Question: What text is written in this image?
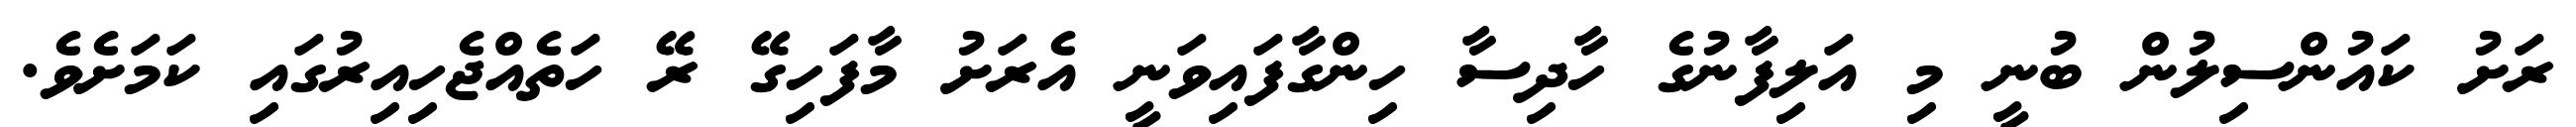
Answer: ރަށު ކައުންސިލުން ބުނީ މި އަލިފާނުގެ ހާދިސާ ހިންގާފައިވަނީ އެރަށު މާފަހިގޭ ރޭ ހަތެއްޖެހިއިރުގައި ކަމަށެވެ.